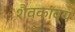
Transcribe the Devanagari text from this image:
शैवकाव्य